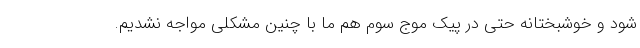
شود و خوشبختانه حتی در پیک موج سوم هم ما با چنین مشکلی مواجه نشدیم.